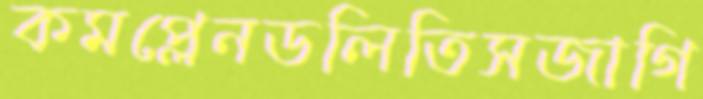
কমপ্লেনডলিতিসজাগি